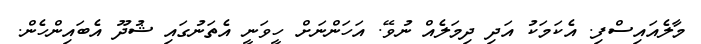
މާލެއައިސްފި. އެކަމަކު އަދި ދިމަލެއް ނުވޭ. އަހަންނަށް ހީވަނީ އެތަނުގައި ޝުދޫ އެބައިންހެން.